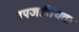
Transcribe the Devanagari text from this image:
उपजातियता